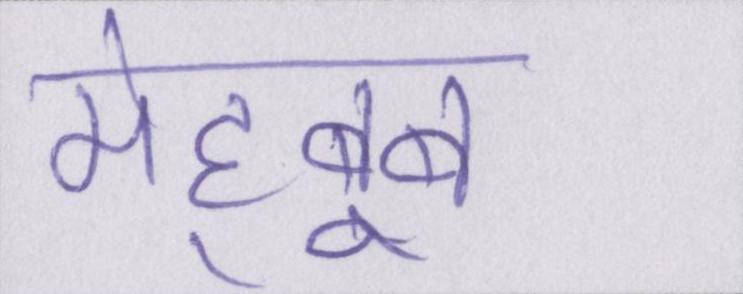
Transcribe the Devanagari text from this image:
मेह्बूब